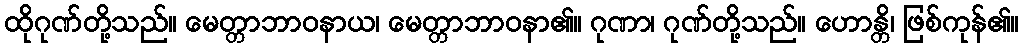
ထိုဂုဏ်တို့သည်။ မေတ္တာဘာဝနာယ၊ မေတ္တာဘာဝနာ၏။ ဂုဏာ၊ ဂုဏ်တို့သည်။ ဟောန္တိ၊ ဖြစ်ကုန်၏။